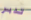
تدبر